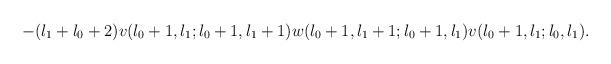
LaTeX: \begin{align*}- (l_{1}+l_{0}+2) v(l_{0}+1,l_{1};l_{0}+1,l_{1}+1)w(l_{0}+1,l_{1}+1;l_{0}+1,l_{1}) v(l_{0}+1,l_{1};l_{0},l_{1}).\end{align*}